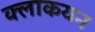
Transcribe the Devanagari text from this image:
क्लाकयन